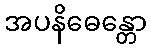
အပနိဓေန္တော